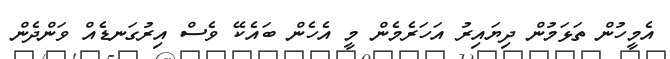
އެމީހުން ތަޅަމުން ދިޔައިރު އަހަރެމެން މީ އެހެން ބައެކޭ ވެސް އިރުގަނޑެއް ވަންދެން